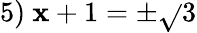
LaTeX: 5)\ \mathbf{x}+1=\pm{\sqrt{}{{3}}}